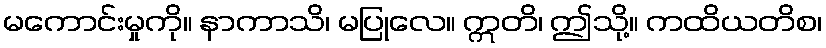
မကောင်းမှုကို။ နာကာသိ၊ မပြုလေ။ ဣတိ၊ ဤသို့။ ကထိယတိစ၊